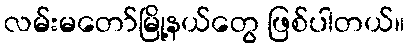
လမ်းမတော်မြို့နယ်တွေ ဖြစ်ပါတယ်။